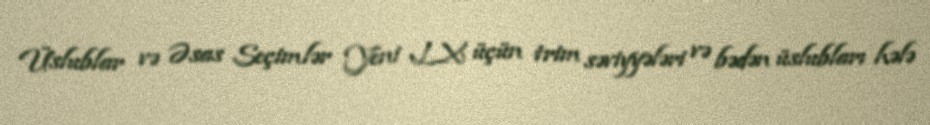
Üslublar və Əsas Seçimlər Yeni LX üçün trim səviyyələri və bədən üslubları hələ